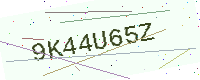
Text: 9K44U65Z